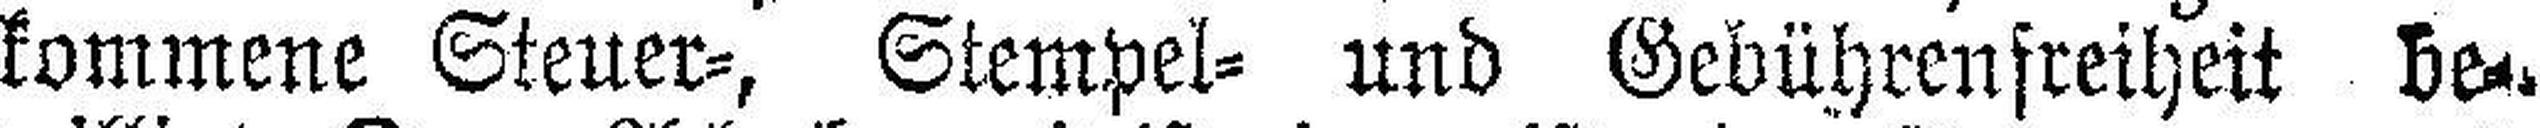
kommene Steuer=, Stempel= und Gebührenfreiheit be¬